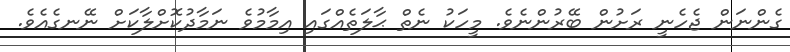
ގެންނަން ޖެހެނީ ރަށުން ބޭރުންނެވެ. މީހަކު ނެތް ޙާލަތެއްގައި އިމާމުވެ ނަމާދުކޮށްލާކަށް ނޭނގެއެވެ.